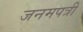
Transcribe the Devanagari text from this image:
जनमपत्री